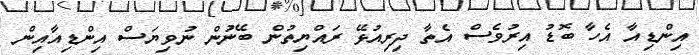
އިންޑިއާ އެހާ ބޮޑު އިރުވެސް އެތާ ދިރިއުޅޭ ރައްޔިތުން ބޭނުން ނުވިޔަސް އިންޑިއާއިން